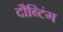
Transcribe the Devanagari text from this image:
दौब्टिंग